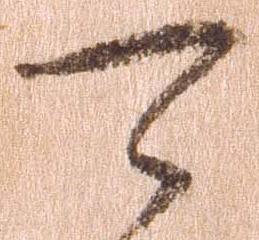
可